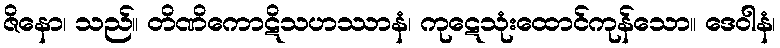
ဇိနော၊ သည်။ တိဏိကောဋိသဟဿာနံ၊ ကုဋေသုံးထောင်ကုန်သော။ ဒေဝါနံ၊